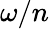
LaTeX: \omega/n